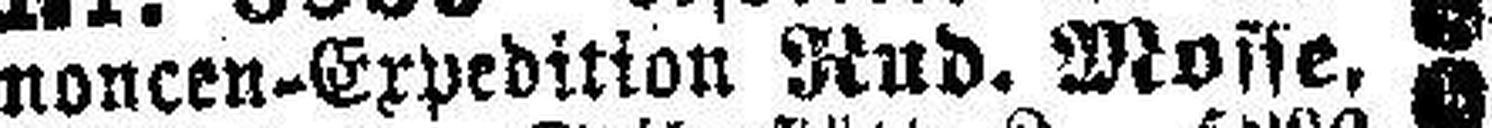
noncen-Expedition Rad. Mosse,